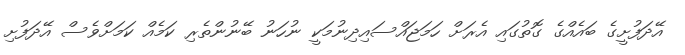
އޭދަފުށީގެ ބައެއްގެ ގޮތުގައި އެރަށް ހަމަޖައްސައިދިނުމަކީ ނުހަނު ބޭނުންތެރި ކަމެއް ކަމަށްވެސް އޭދަފުށި